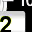
Digit: 2